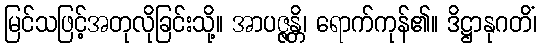
မြင်သဖြင့်အတုလိုခြင်းသို့။ အာပဇ္ဇန္တိ၊ ရောက်ကုန်၏။ ဒိဋ္ဌာနုဂတိံ၊